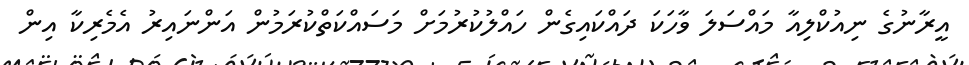
އީރާނުގެ ނިއުކްލިއާ މައްސަލަ ވާހަކަ ދައްކައިގެން ހައްލުކުރުމަށް މަސައްކަތްކުރަމުން އަންނައިރު އެމެރިކާ އިން